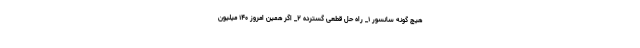
هیچ گونه سانسور ۱_ راه حل قطعی گسترده ۲_ اگر همین امروز ۱۴۰ میلیون